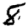
Digit: 8